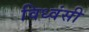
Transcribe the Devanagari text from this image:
विध्वंसी